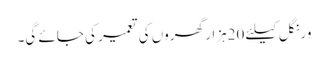
ورنگل کیلئے 20ہزار گھروں کی تعمیر کی جائے گی۔